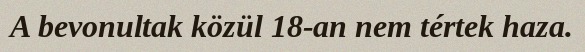
A bevonultak közül 18-an nem tértek haza.